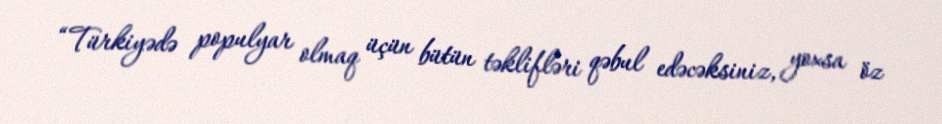
“Türkiyədə populyar olmaq üçün bütün təklifləri qəbul edəcəksiniz, yoxsa öz